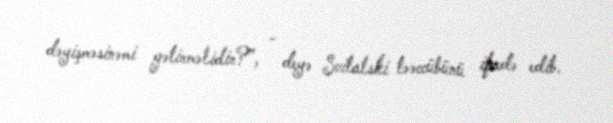
dəyişməsinəmi gətirməlidir?”, - deyə Svitalski təəccübünü ifadə edib.